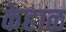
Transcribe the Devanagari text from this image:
केहाळ